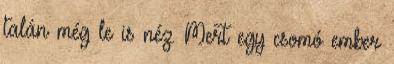
talán még le is néz. Mert egy csomó ember